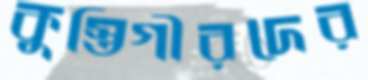
কুস্তিগীরদের